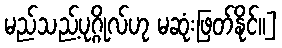
မည်သည့်ပုဂ္ဂိုလ်ဟု မဆုံးဖြတ်နိုင်။]